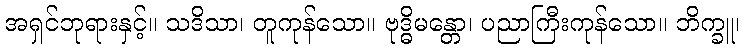
အရှင်ဘုရားနှင့်။ သဒိသာ၊ တူကုန်သော။ ဗုဒ္ဓိမန္တော၊ ပညာကြီးကုန်သော။ ဘိက္ခူ၊